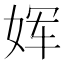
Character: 𫝨